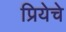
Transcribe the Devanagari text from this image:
प्रियेचे